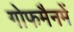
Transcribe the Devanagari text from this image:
गोफमैनमें